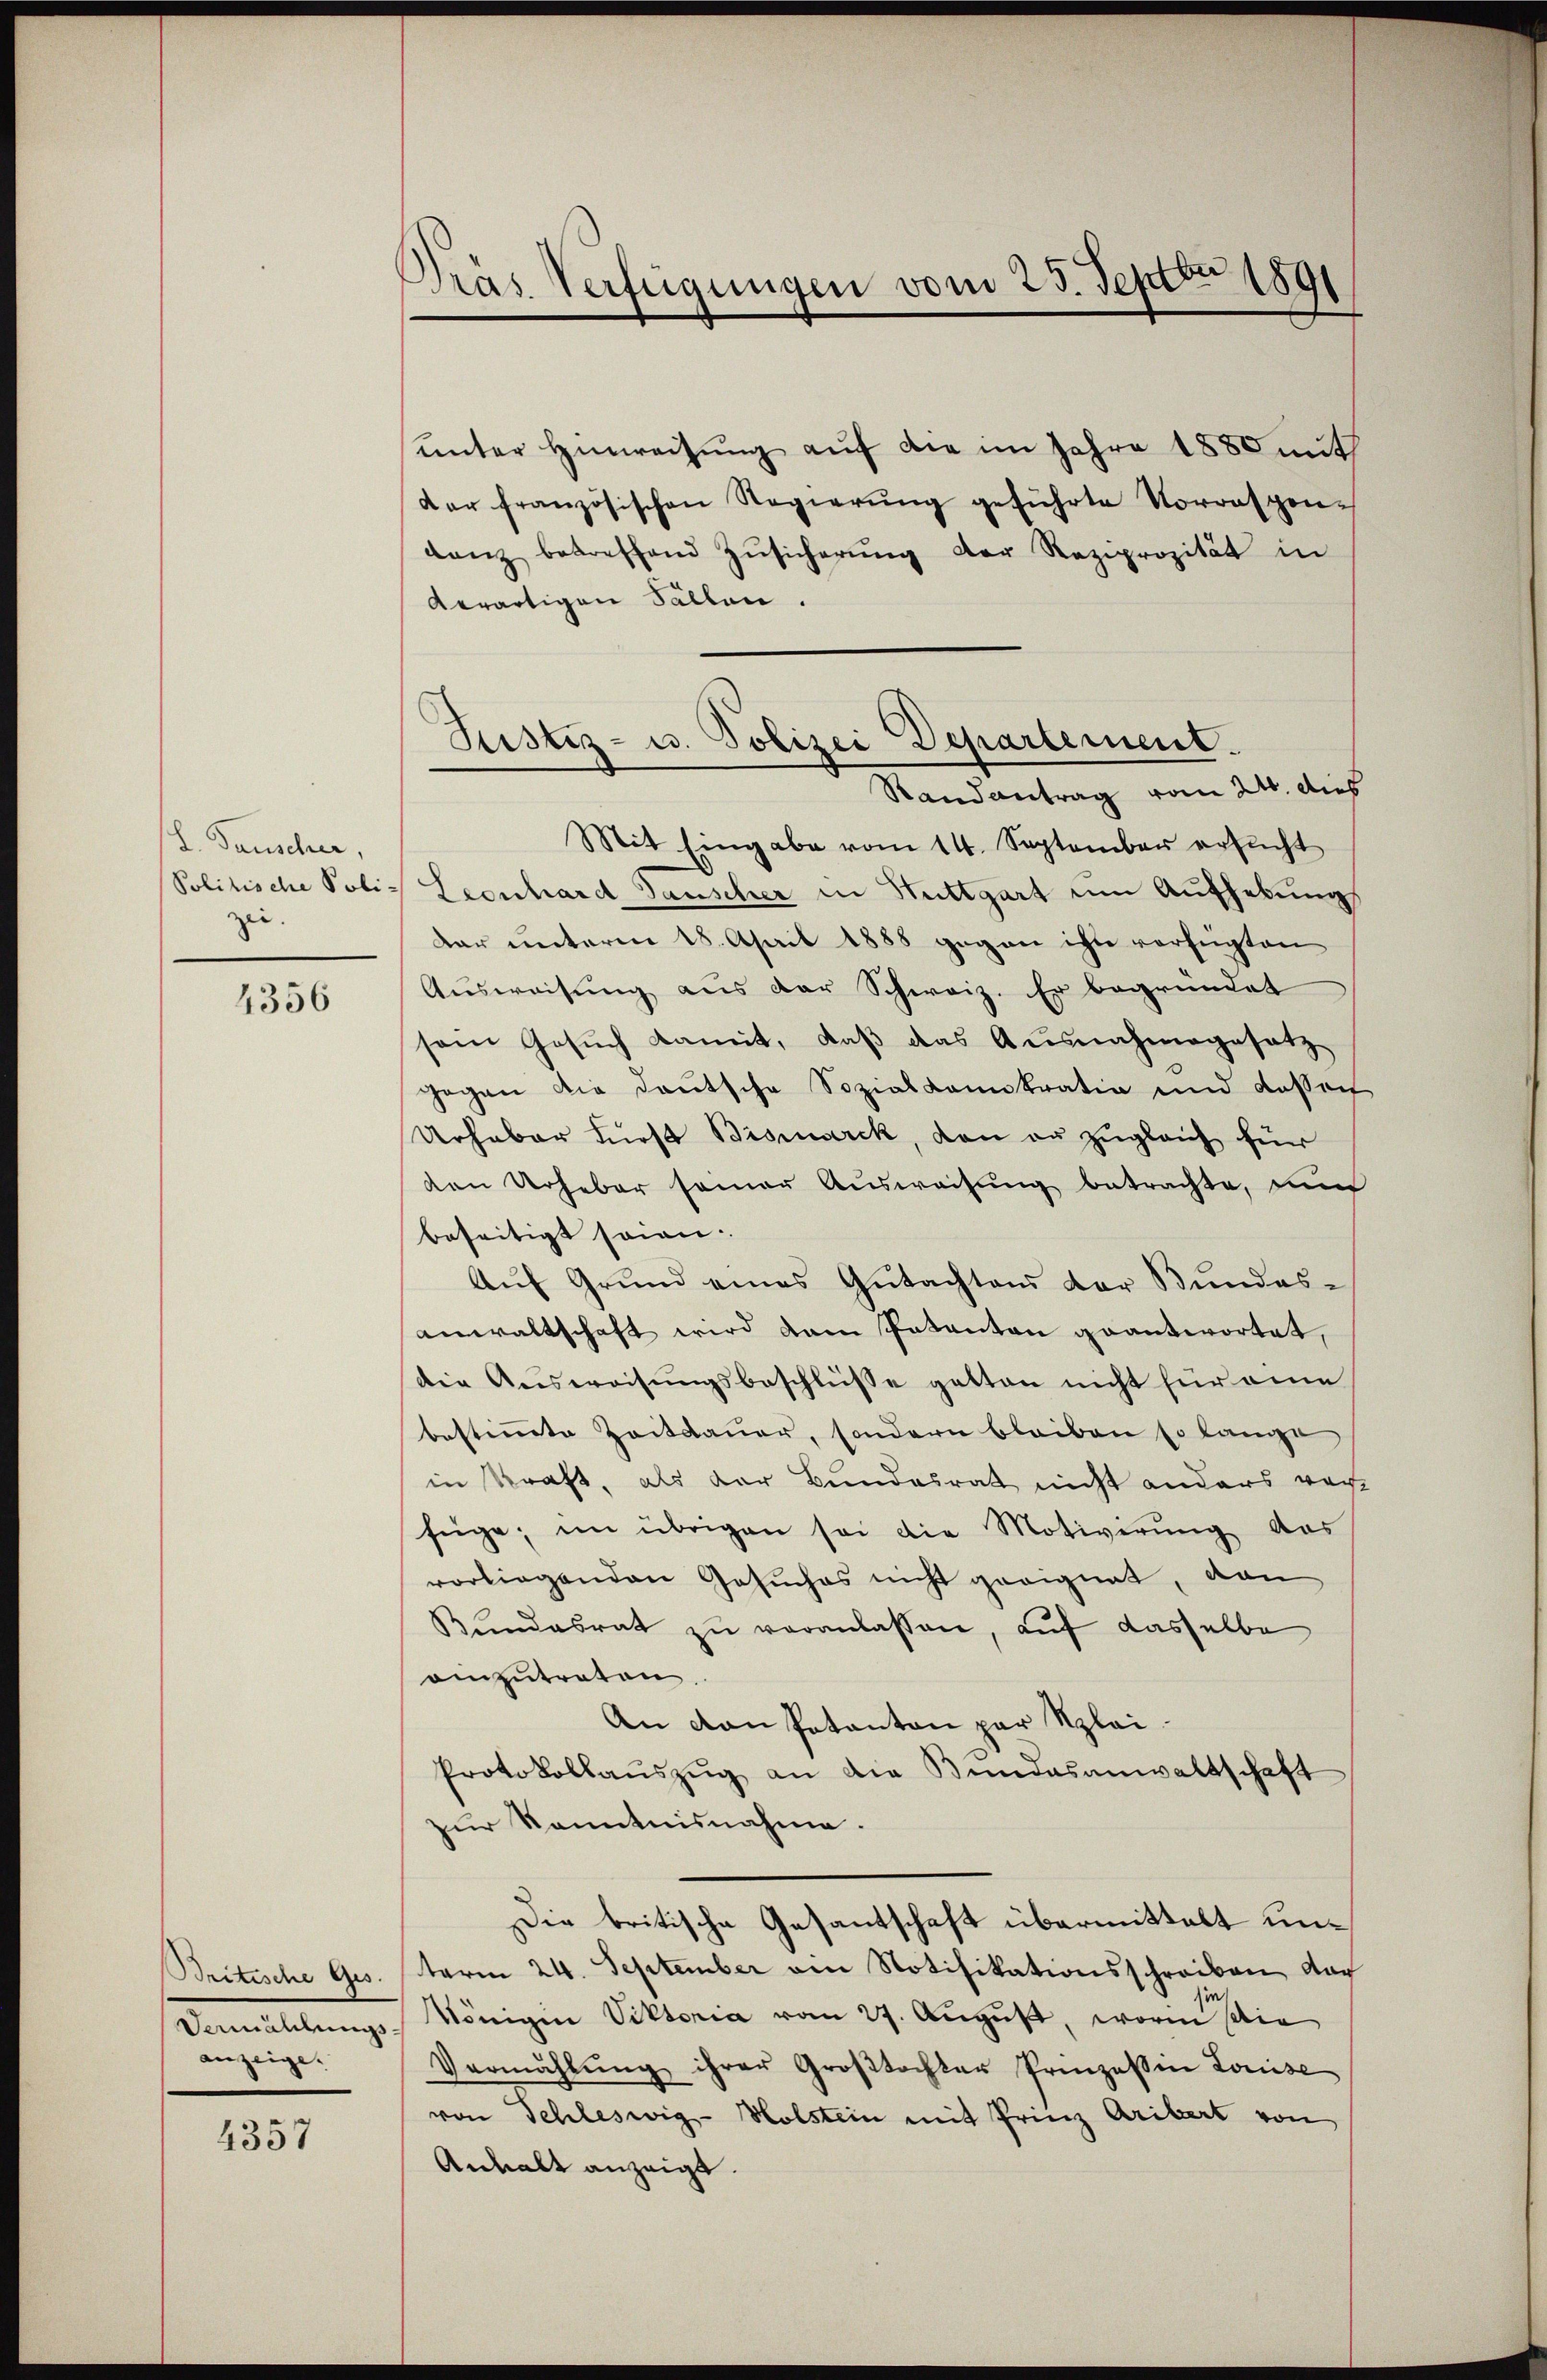
L. Pauscher,
Politische Poli-
zei.

4356

Britische Ges.
Vermählungsanzeige.

4357

Dräs Verfügungen vom 25. Septbr 1891

Ristiz- u. Polizei Departement.
Randantrag vom 24. des

unter Hinreisung auf die im Jahre 1880 mit
der französischen Regierŭng geführte Vorrespen-
ganz betreffend Zŭsicherŭng der Reziprozität in
derartigen Fällen.
Mit Eingabe vom 14. September ersŭcht
Leonhard Tauscher in Stuttgart um Aufhebung
dar unterm 18. April 1888 gegen ihn verfügten
Ausweisung aus der Schweiz. Er begründet
sem Gesuch damit, daß das Ausnahmegesetz
gegen die deutsche Sozialdemokratio und dassen
Urhaber Fürst Bismerck, den er zugleich für
den Urheber samer Aŭsweisŭng betrachte, un
beseitigt seien.
Aŭf Grŭnd eines Gŭtachtens der Bŭndes-
anwaltschaft wird dan Pakanton geantwortet,
die Ausweisungsbeschlüsse gatten nicht für eine
bestimmte Zeitdauer, sondern bleiben so lange
in Kraft, als der Bundesrat nicht anders vor
füge, im übrigen sei die Motiverŭng das
vorliegenden Gesuches nicht geeignet, von
Bundesrat zu veranlassen, auf dasselbe
eizutreten.
An von Patanton par Klei¬
Protokollaŭszŭg an die Bundesanwaltschaft
zur Kenntnisnahme.
Die britische Gesantschaft übermittelt unterm 24. September am Notifikationsschreiben doch
in
Königin Viktoria vom 27. August, worin sie
Vermählŭng ihrer Groβtochter Prinzessin Louise
von Schleswig-Holstein mit Frinz Aribert von
Anhalt anzeigt.